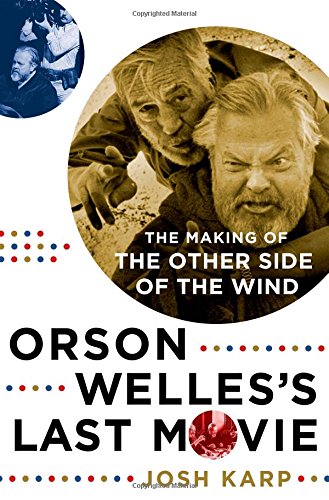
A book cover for Orson Welles's Last Movie: The Making of The Other Side of the Wind; Josh Karp; Humor & Entertainment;